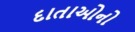
દાતાઓનો